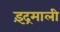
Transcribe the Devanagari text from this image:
इंद्रमाली